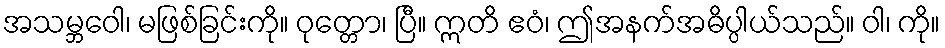
အသမ္ဘဝေါ၊ မဖြစ်ခြင်းကို။ ဝုတ္တော၊ ပြီ။ ဣတိ ဧဝံ၊ ဤအနက်အဓိပ္ပါယ်သည်။ ဝါ၊ ကို။